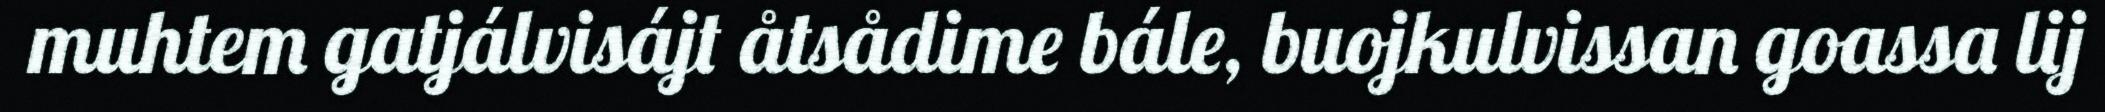
muhtem gatjálvisájt åtsådime bále, buojkulvissan goassa lij